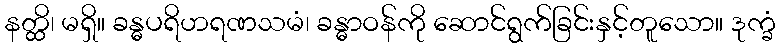
နတ္ထိ၊ မရှိ။ ခန္ဓပရိဟရဏသမံ၊ ခန္ဓာဝန်ကို ဆောင်ရွက်ခြင်းနှင့်တူသော။ ဒုက္ခံ